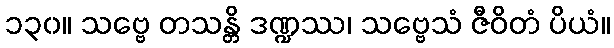
၁၃၀။ သဗ္ဗေ တသန္တိ ဒဏ္ဍဿ၊ သဗ္ဗေသံ ဇီဝိတံ ပိယံ။